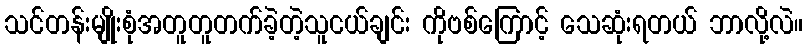
သင်တန်းမျိုးစုံအတူတူတက်ခဲ့တဲ့သူငယ်ချင်း ကိုဗစ်ကြောင့် သေဆုံးရတယ် ဘာလို့လဲ။